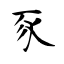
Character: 豕